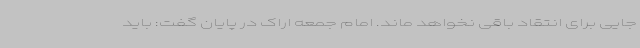
جایی برای انتقاد باقی نخواهد ماند. امام جمعه اراک در پایان گفت: باید